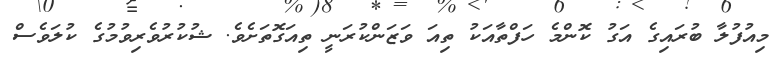
މިއުފުލާ ބުރައިގެ އަގު ކޮންމެ ހަފްތާއަކު ތިއަ ވަޒަންކުރަނީ ތިއަގޮތަށެވެ. ޝުކުރުވެރިވުމުގެ ކުލަވެސް